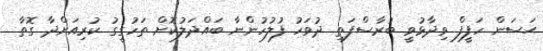
ޙަސަން ހަފީފް ވިދާޅުވީ ބުރާސްފަތި ދުވަހު ފުލުހުންނާ ބައްދަލުކޮށް ތަހުގީގު ކުރިއަށްދާ ގޮތާ